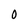
Character: 0